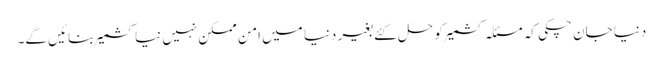
دنیا جان چکی کہ مسئلہ کشمیر کو حل کئے بغیر دنیا میں امن ممکن نہیں نیا کشمیر بنائیں گے۔